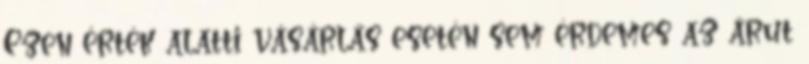
Ezen érték alatti vásárlás esetén sem érdemes az árut